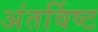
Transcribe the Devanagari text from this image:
अंतर्विष्‍ट